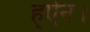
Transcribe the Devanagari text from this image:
ह्ऐन।